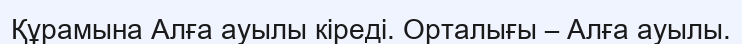
Құрамына Алға ауылы кіреді. Орталығы – Алға ауылы.